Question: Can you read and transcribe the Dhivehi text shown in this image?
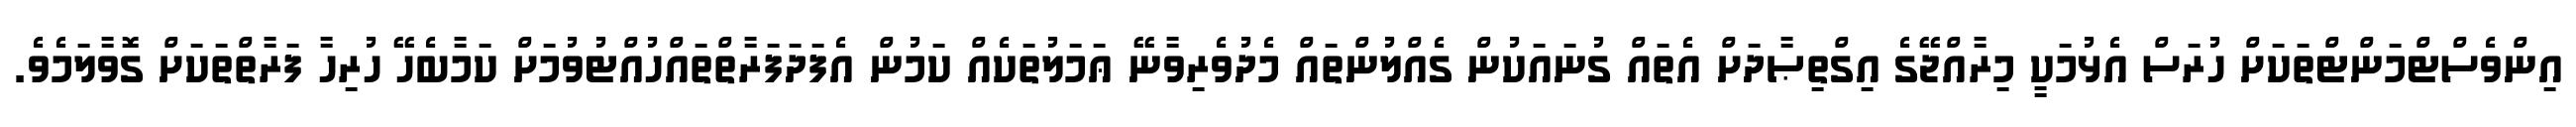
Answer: އިންވެސްޓްމަންޓްތަކަށް ހުރަސް އެޅުމަކީ މިރާއްޖޭގެ އިގްތިޞާދަށް އެތައް ގުނައަކުން ގެއްލުންތައް މެދުވެރިވާނޭ ޢަމަލުތަކެއް ކަމުން އެފަދަފަރާތްތައްހުއްޓުވުމަށް ކަމާބެހޭ ހުރިހާ ފަރާތްތަކަށް ގޮވާލަމެވެ.